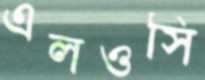
এলওসি